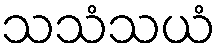
သသံသယံ